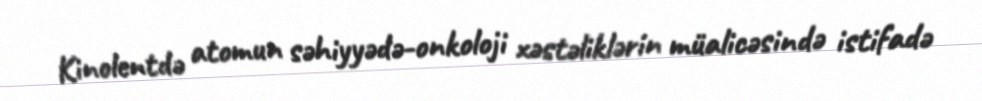
Kinolentdə atomun səhiyyədə-onkoloji xəstəliklərin müalicəsində istifadə